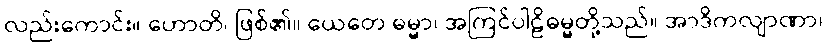
လည်းကောင်း။ ဟောတိ၊ ဖြစ်၏။ ယေတေ ဓမ္မာ၊ အကြင်ပါဠိဓမ္မတို့သည်။ အာဒိကလျာဏာ၊